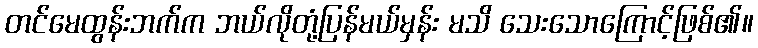
တင်မေထွန်းဘက်က ဘယ်လိုတုံ့ပြန်မယ်မှန်း မသိ သေးသောကြောင့်ဖြစ်၏။